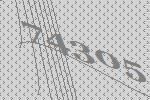
74305